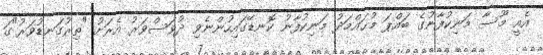
އެއީ މޫސާ މަނިކުފާނުގެ ބައްޕަ މުޙައްމަދު މަނިކުފާނު ކޮނޑޭގައިހުންނެވި ދުވަސްވަރު އެރަށު "ތިރުގަނޑުވަރު"ގަ